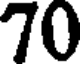
70